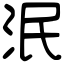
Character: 泯